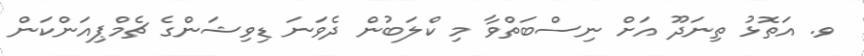
ވ. އަތޮޅު ތިނަދޫ އަށް ނިސްބަތްވާ މި ކްލަބުން ދެވަނަ ޑިވިޝަންގެ ޗެމްޕިއަންކަން